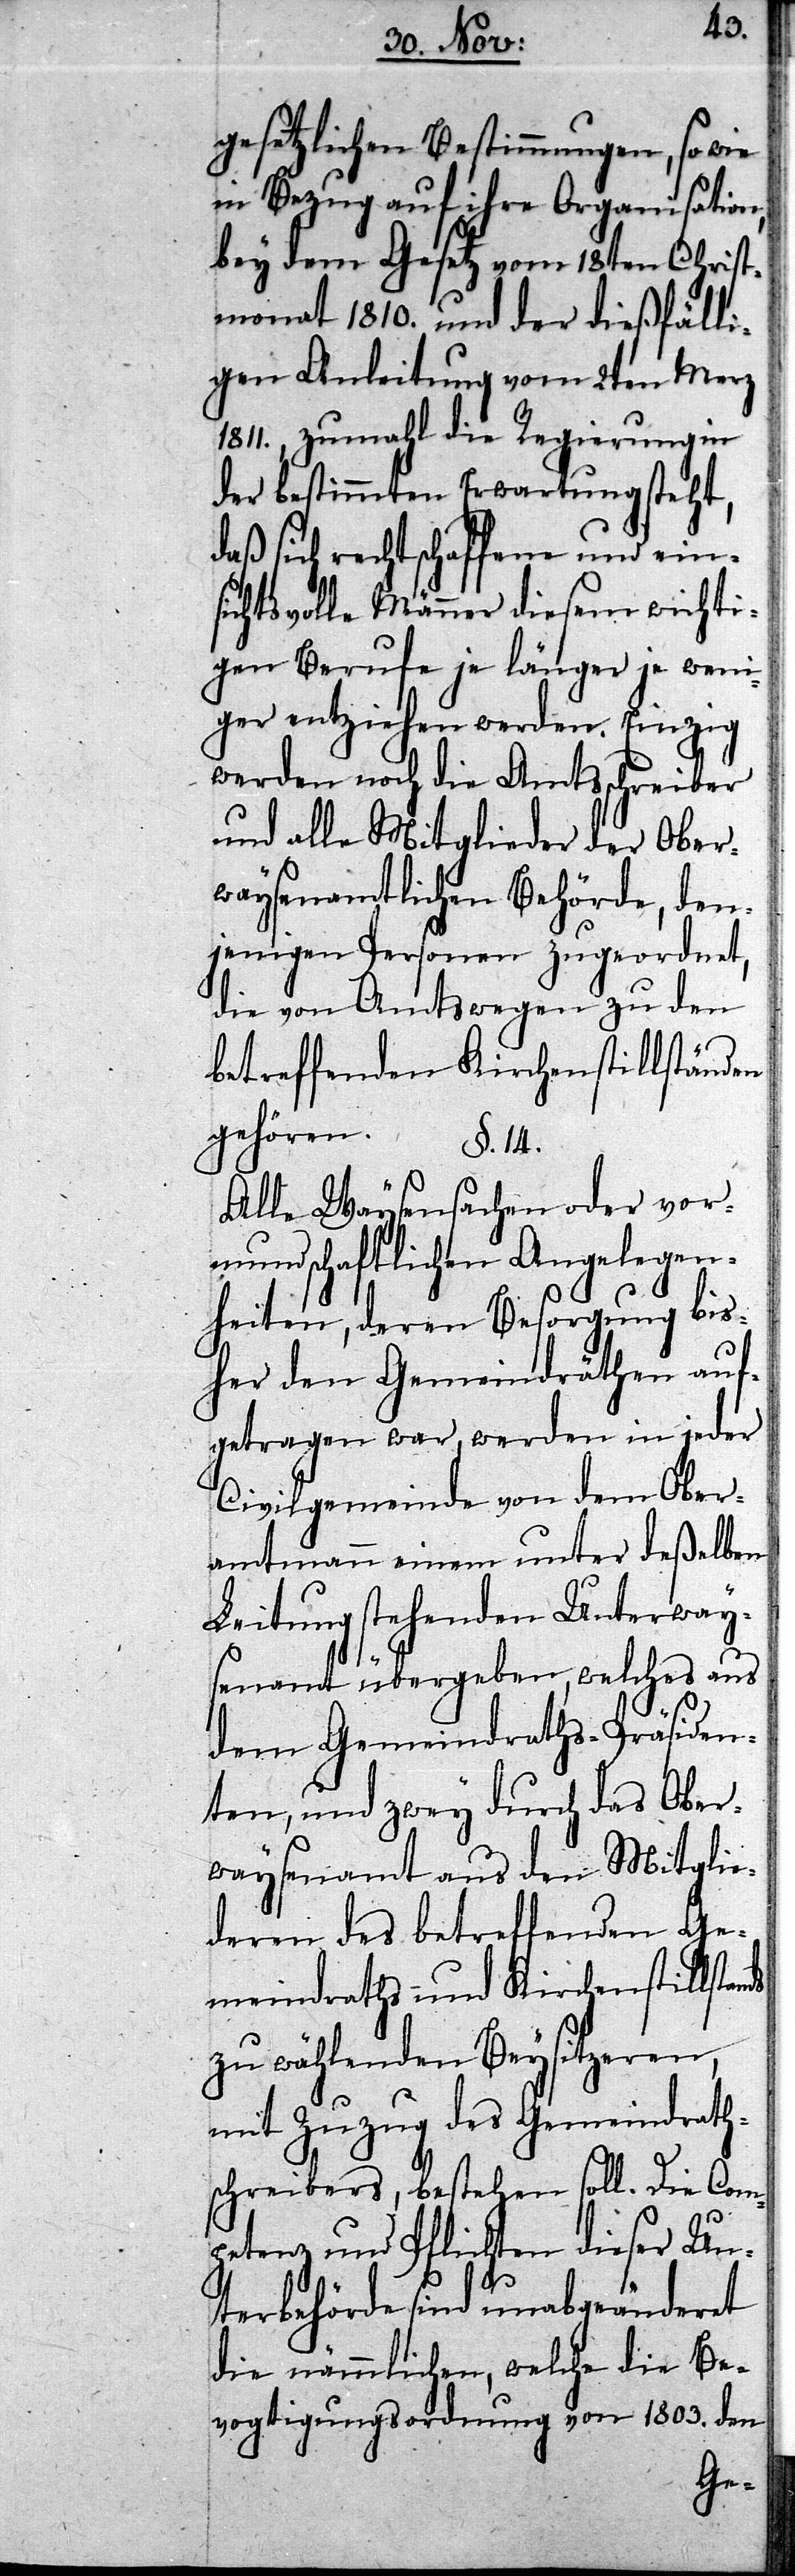
gesetzlichen Bestimmungen, so
in Bezug auf ihre Organi¬
bey dem Gesetz vom 18ten Chri¬
stmonat 1810. und der dießfäll¬
igen Anleitung vom 2ten Merz
1811., zumahl die Regierung in
der bestimmten Erwartung steht,
daß sich rechtschaffene und ein¬
sichtsvolle Männer diesem wichti¬
gen Berufe je länger je wen¬
iger entziehen werden. Einzig
werden noch die Amtsschreiber
und alle Mitglieder der Ober¬
waysenamtlichen Behörde, den¬
jenigen Personen zugeordnet,
die von Amtswegen zu den
betreffenden Kirchenstillstän¬
gehören.
§. 14.
Alle Waysensachen oder vor¬
mundschaftlichen Angelegen¬
heiten, deren Besorgung bis¬
her den Gemeindräthen au¬
fgetragen war, werden in jeder
Civilgemeinde von dem Ober¬
amtmann einem unter deßelben
Leitung stehenden Unterway¬
senamt übergeben, welches aus
dem Gemeindraths-Präsiden¬
ten, und zwey durch das Obe¬
rwaysenamt aus den Mitglie¬
deren des betreffenden Ge¬
meindraths und Kirchenstillstan¬
zu wählenden Beysitzeren,
mit Zuzug des Gemeindrath¬
schreibers, bestehen soll. Die Com¬
Un¬
petenz und Pflichten die¬
terbehörde sind unabgeänderet
die nämmlichen, welche die Be¬
vogtigungsordnung von 1803. den
ds

ser